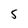
Character: 5